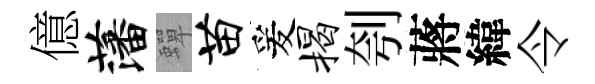
億藩蟬苗爰揭刳蔣緯令